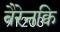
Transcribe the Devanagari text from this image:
बैरेनक्वि